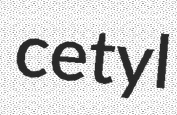
cetyl